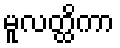
မူလတ္ထိကာ